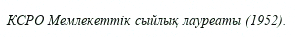
КСРО Мемлекеттік сыйлық лауреаты (1952).